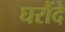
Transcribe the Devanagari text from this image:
घरौंदे